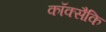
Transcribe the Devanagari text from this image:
कॉक्सैकि